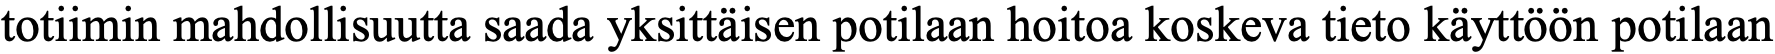
totiimin mahdollisuutta saada yksittäisen potilaan hoitoa koskeva tieto käyttöön potilaan